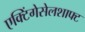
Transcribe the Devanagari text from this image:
एक्टिंगेसेलशाफ्ट